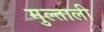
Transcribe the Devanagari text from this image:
मुल्ताली